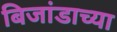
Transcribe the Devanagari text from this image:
बिजांडाच्या